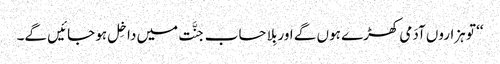
‘‘ تو ہزاروں آدَمی کھڑے ہوں گے اور بِلا حساب جنَّت میں داخِل ہو جائیں گے۔